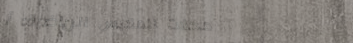
محلات الملابس الرياضية: أ